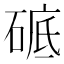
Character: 𥓵